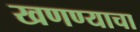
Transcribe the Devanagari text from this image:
खणण्याचा